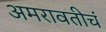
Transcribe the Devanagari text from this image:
अमरावतीचं